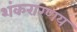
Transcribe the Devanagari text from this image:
शंकरारणय